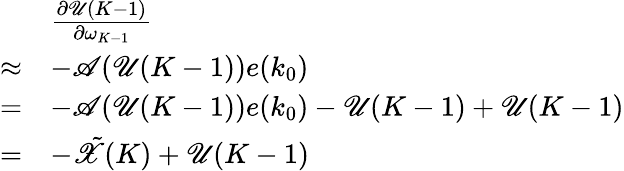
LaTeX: \begin{array}{rl}&{\frac{\partial\mathscr{U}(K-1)}{\partial\omega_{K-1}}}\\ {\approx}&{-\mathscr{A}(\mathscr{U}(K-1))e(k_{0})}\\ {=}&{-\mathscr{A}(\mathscr{U}(K-1))e(k_{0})-\mathscr{U}(K-1)+\mathscr{U}(K-1)}\\ {=}&{-\tilde{\mathscr{X}}(K)+\mathscr{U}(K-1)}\end{array}